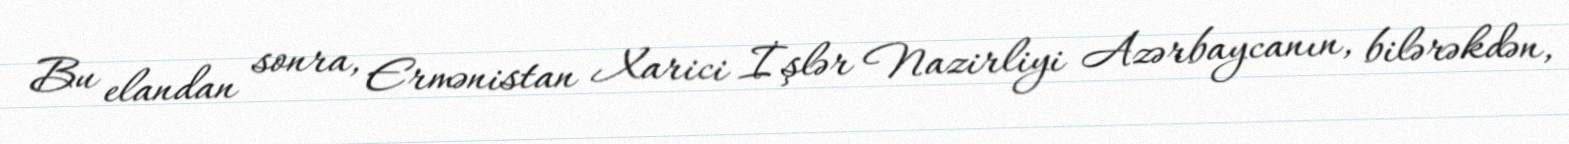
Bu elandan sonra, Ermənistan Xarici İşlər Nazirliyi Azərbaycanın, bilərəkdən,